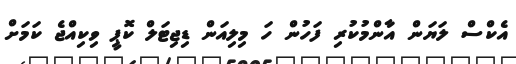
އެކްސް ލަޔަން އާންމުކުރި ފަހުން ހަ މިލިއަން ޑިޖިޓަލް ކޮޕީ ވިކިއްޖެ ކަމަށް